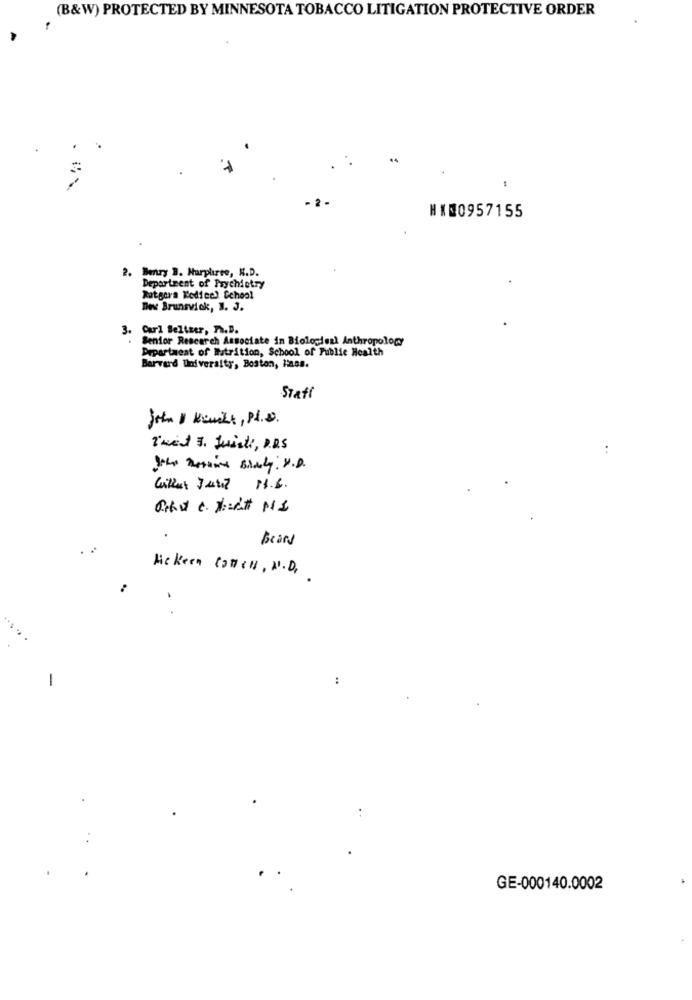
(B&W) PROTECTED BY MINNESOTA TOBACCO LITIGATION PROTECTIVE ORDER
HX00957155
2. Benry B. Hurplirse, N.D.
Department of Psychiatry
Rutgers Kodice) School
Dev Brunsvick, 1. 3.
3.
Curl Beltser, Ph.D.
Senior Research Associate in Biologiezl Anthropology
Department of Nutrition, School of Public Health
Barvard University, Boston, Hass.
Staff
john & Kanikk, Pl. s.
That 3. Juist, P.B.S
Jthe Rosie Bildedy: V.D.
Brand
Ackern COMCH, N.D.
-
GE-000140.0002